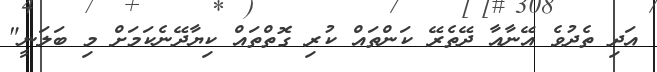
އަދި ތެދުވެ އޭނާއާ ދޭތެރޭ ކަންތައް ކުރި ގޮތްތައް ކިޔާދޭނެކަމަށް މި ބަލަނީ"